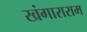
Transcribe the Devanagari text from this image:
खंगाराराम